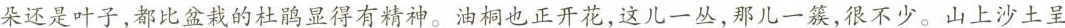
朵还是叶子，都比盆栽的杜鹃显得有精神。油桐也正开花，这儿一丛，那儿一簇，很不少。山上沙土呈